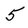
Character: 5